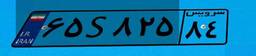
۶۵S۸۲۵۸۴